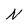
Character: N